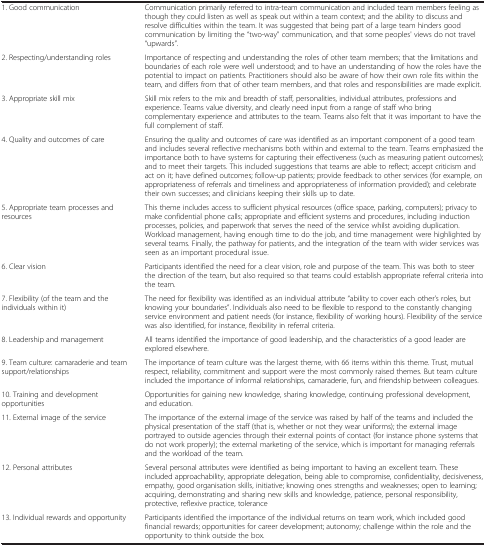
<table><thead><tr><td><b> </b></td><td><b> </b></td></tr></thead><tbody><tr><td>1. Good communication</td><td>Communication primarily referred to intra-team communication and included team members feeling as though they could listen as well as speak out within a team context; and the ability to discuss and resolve difficulties within the team. It was suggested that being part of a large team hinders good communication by limiting the “two-way” communication, and that some peoples&#x27; views do not travel “upwards”.</td></tr><tr><td>2. Respecting/understanding roles</td><td>Importance of respecting and understanding the roles of other team members; that the limitations and boundaries of each role were well understood; and to have an understanding of how the roles have the potential to impact on patients. Practitioners should also be aware of how their own role fits within the team, and differs from that of other team members, and that roles and responsibilities are made explicit.</td></tr><tr><td>3. Appropriate skill mix</td><td>Skill mix refers to the mix and breadth of staff, personalities, individual attributes, professions and experience. Teams value diversity, and clearly need input from a range of staff who bring complementary experience and attributes to the team. Teams also felt that it was important to have the full complement of staff.</td></tr><tr><td>4. Quality and outcomes of care</td><td>Ensuring the quality and outcomes of care was identified as an important component of a good team and includes several reflective mechanisms both within and external to the team. Teams emphasized the importance both to have systems for capturing their effectiveness (such as measuring patient outcomes); and to meet their targets. This included suggestions that teams are able to reflect; accept criticism and act on it; have defined outcomes; follow-up patients; provide feedback to other services (for example, on appropriateness of referrals and timeliness and appropriateness of information provided); and celebrate their own successes; and clinicians keeping their skills up to date.</td></tr><tr><td>5. Appropriate team processes and resources</td><td>This theme includes access to sufficient physical resources (office space, parking, computers); privacy to make confidential phone calls; appropriate and efficient systems and procedures, including induction processes, policies, and paperwork that serves the need of the service whilst avoiding duplication. Workload management, having enough time to do the job, and time management were highlighted by several teams. Finally, the pathway for patients, and the integration of the team with wider services was seen as an important procedural issue.</td></tr><tr><td>6. Clear vision</td><td>Participants identified the need for a clear vision, role and purpose of the team. This was both to steer the direction of the team, but also required so that teams could establish appropriate referral criteria into the team.</td></tr><tr><td>7. Flexibility (of the team and the individuals within it)</td><td>The need for flexibility was identified as an individual attribute “ability to cover each other’s roles, but knowing your boundaries”. Individuals also need to be flexible to respond to the constantly changing service environment and patient needs (for instance, flexibility of working hours). Flexibility of the service was also identified, for instance, flexibility in referral criteria.</td></tr><tr><td>8. Leadership and management</td><td>All teams identified the importance of good leadership, and the characteristics of a good leader are explored elsewhere.</td></tr><tr><td>9. Team culture: camaraderie and team support/relationships</td><td>The importance of team culture was the largest theme, with 66 items within this theme. Trust, mutual respect, reliability, commitment and support were the most commonly raised themes. But team culture included the importance of informal relationships, camaraderie, fun, and friendship between colleagues.</td></tr><tr><td>10. Training and development opportunities</td><td>Opportunities for gaining new knowledge, sharing knowledge, continuing professional development, and education.</td></tr><tr><td>11. External image of the service</td><td>The importance of the external image of the service was raised by half of the teams and included the physical presentation of the staff (that is, whether or not they wear uniforms); the external image portrayed to outside agencies through their external points of contact (for instance phone systems that do not work properly); the external marketing of the service, which is important for managing referrals and the workload of the team.</td></tr><tr><td>12. Personal attributes</td><td>Several personal attributes were identified as being important to having an excellent team. These included approachability, appropriate delegation, being able to compromise, confidentiality, decisiveness, empathy, good organisation skills, initiative; knowing ones strengths and weaknesses; open to learning; acquiring, demonstrating and sharing new skills and knowledge, patience, personal responsibility, protective, reflexive practice, tolerance</td></tr><tr><td>13. Individual rewards and opportunity</td><td>Participants identified the importance of the individual returns on team work, which included good financial rewards; opportunities for career development; autonomy; challenge within the role and the opportunity to think outside the box.</td></tr></tbody></table>